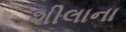
શીલાના